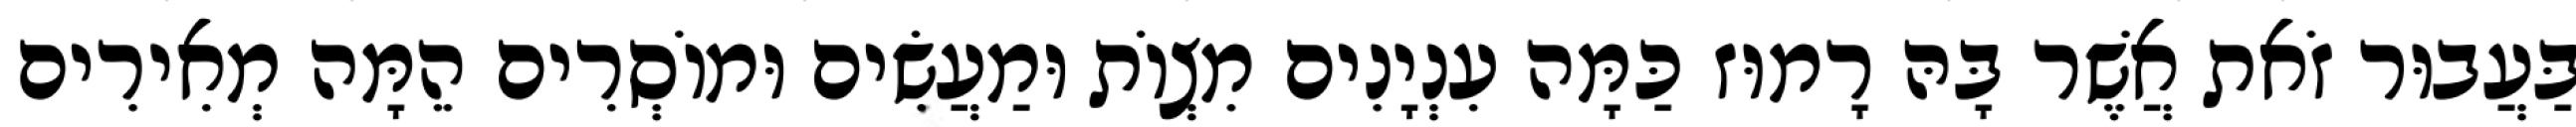
בַּעֲבוּר זֹאת אֲשֶׁר בָּהּ רָמוּז כַּמָּה עִנְיָנִים מִצְוֹת וּמַעֲשִׂים וּמוֹסְרִים הֵמָּה מְאִירִים